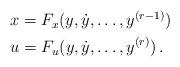
LaTeX: \begin{align*}&\begin{aligned}x=F_x(y,\dot{y},\ldots,y^{(r-1)})\end{aligned}\\&\begin{aligned}u=F_u(y,\dot{y},\ldots,y^{(r)})\,.\end{aligned}\end{align*}